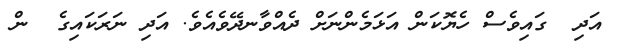
އަދި  ގައިވެސް ހެޔޮކަން އަޅަމެންނަށް ދެއްވާނދޭވެއެވެ. އަދި ނަރަކައިގެ  ން